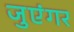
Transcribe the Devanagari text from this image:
जुएंगर